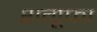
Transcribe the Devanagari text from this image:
शगूफा